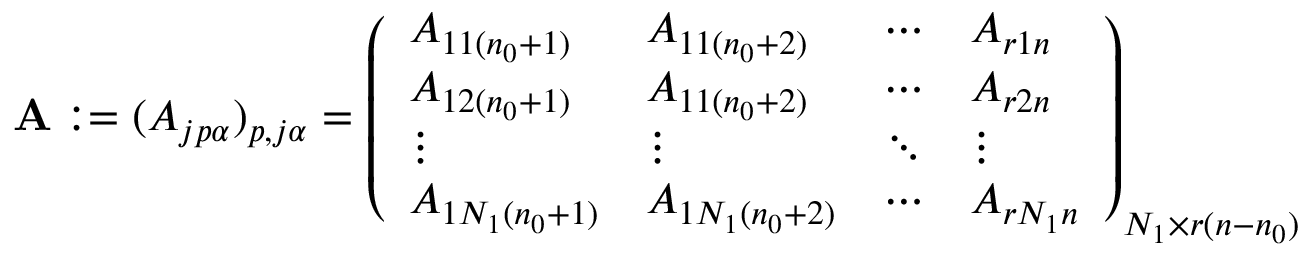
\mathbf { A } : = ( A _ { j p \alpha } ) _ { p , j \alpha } = \left( \begin{array} { l l l l } { A _ { 1 1 ( n _ { 0 } + 1 ) } } & { A _ { 1 1 ( n _ { 0 } + 2 ) } } & { \cdots } & { A _ { r 1 n } } \\ { A _ { 1 2 ( n _ { 0 } + 1 ) } } & { A _ { 1 1 ( n _ { 0 } + 2 ) } } & { \cdots } & { A _ { r 2 n } } \\ { \vdots } & { \vdots } & { \ddots } & { \vdots } \\ { A _ { 1 N _ { 1 } ( n _ { 0 } + 1 ) } } & { A _ { 1 N _ { 1 } ( n _ { 0 } + 2 ) } } & { \cdots } & { A _ { r N _ { 1 } n } } \end{array} \right) _ { N _ { 1 } \times r ( n - n _ { 0 } ) }